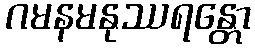
ဂမနမနုဿရန္တော